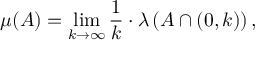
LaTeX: \mu ( A ) = \operatorname* { l i m } _ { k \to \infty } { \frac { 1 } { k } } \cdot \lambda \left( A \cap \left( 0 , k \right) \right) ,